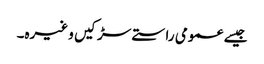
جیسے عمومی راستے سڑکیں وغیرہ۔